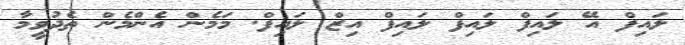
ލައިފް އޭ ލައިފް ލައިފް ލައިފް އިޒް ލައިފް. މަމެން އެންމެން ތެދުވީމާ